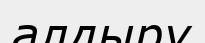
алдыру